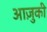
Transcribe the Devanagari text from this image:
आज़ुकी